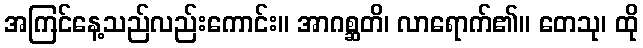
အကြင်နေ့သည်လည်းကောင်း။ အာဂစ္ဆတိ၊ လာရောက်၏။ တေသု၊ ထို